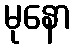
မုနော